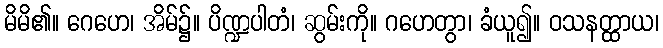
မိမိ၏။ ဂေဟေ၊ အိမ်၌။ ပိဏ္ဍပါတံ၊ ဆွမ်းကို။ ဂဟေတွာ၊ ခံယူ၍။ ဝသနတ္ထာယ၊